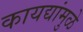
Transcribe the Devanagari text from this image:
कायद्यांमुळे